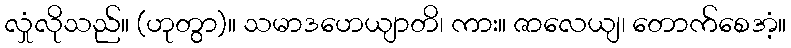
လှုံလိုသည်။ (ဟုတွာ)။ သမာဒဟေယျာတိ၊ ကား။ ဇာလေယျ၊ တောက်စေအံ့။